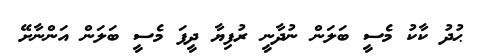
ޙުދު ކާކު މެސީ ބަލަން ނުދާނީ ރުފިޔާ ދީފަ މެސީ ބަލަން އަންނާށޭ